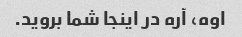
اوه، آره در اینجا شما بروید.